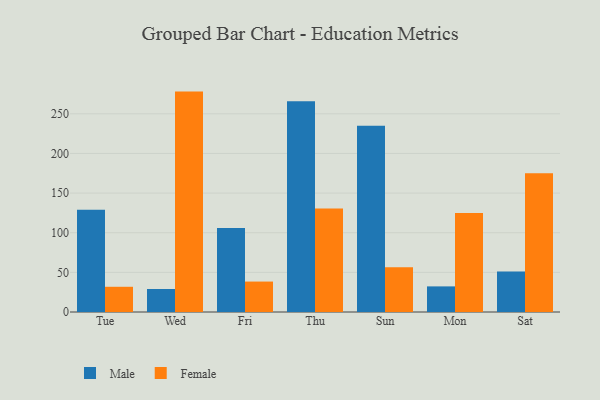
{"axis": {"x": "Day", "y": "Churn Rate (%)"}, "legend": ["Female", "Male"], "data": [{"x": "Tue", "y": 129.0, "type": "Male"}, {"x": "Tue", "y": 31.8, "type": "Female"}, {"x": "Wed", "y": 29.0, "type": "Male"}, {"x": "Wed", "y": 278.0, "type": "Female"}, {"x": "Fri", "y": 105.9, "type": "Male"}, {"x": "Fri", "y": 38.4, "type": "Female"}, {"x": "Thu", "y": 265.7, "type": "Male"}, {"x": "Thu", "y": 130.4, "type": "Female"}, {"x": "Sun", "y": 235.0, "type": "Male"}, {"x": "Sun", "y": 56.6, "type": "Female"}, {"x": "Mon", "y": 32.3, "type": "Male"}, {"x": "Mon", "y": 125.0, "type": "Female"}, {"x": "Sat", "y": 51.2, "type": "Male"}, {"x": "Sat", "y": 175.0, "type": "Female"}]}